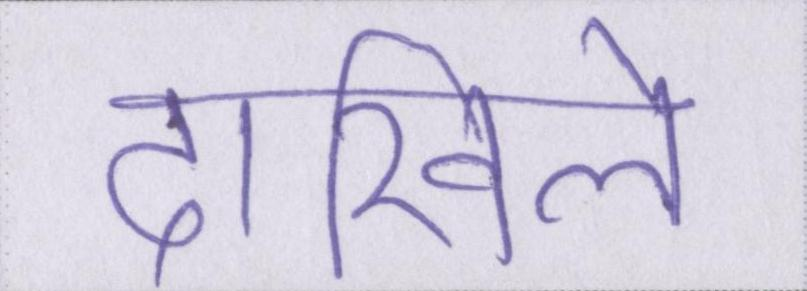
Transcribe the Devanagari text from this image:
दाखिले